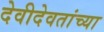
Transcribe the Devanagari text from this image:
देवीदेवतांच्या